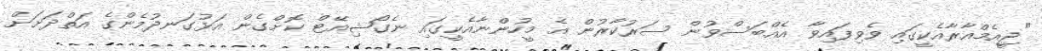
"ޖީއެމްއާރާއެކީގައި ވެވިފައިވާ އެއްބަސްވުން ސަރުކާރުން އެ މީހުންނާއެކީގައި ނެގޯޝިއޭޓް ކޮށްގެން އަޅުގަނދުމެންގެ އަތްދަށަށް